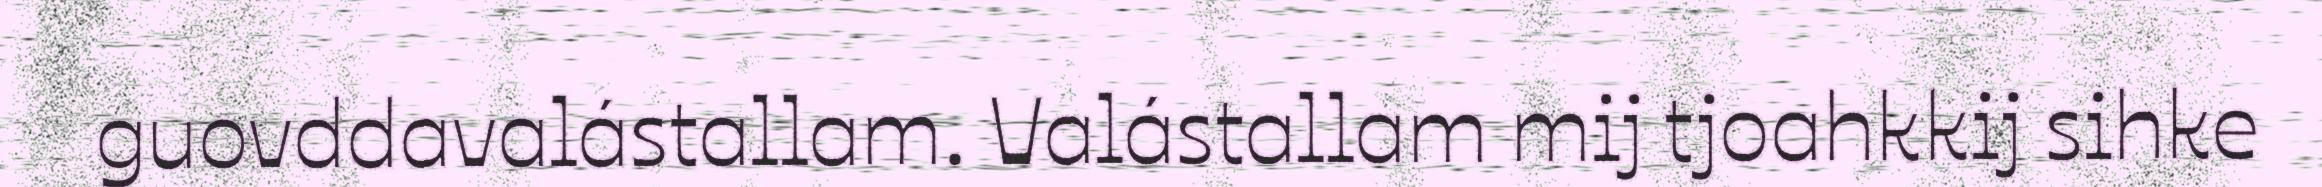
guovddavalástallam. Valástallam mij tjoahkkij sihke